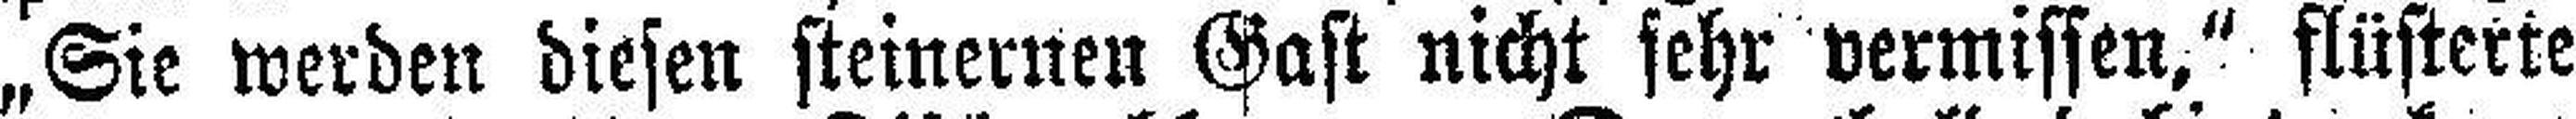
„Sie werden diesen steinernen Gast nicht sehr vermissen." flüsterte